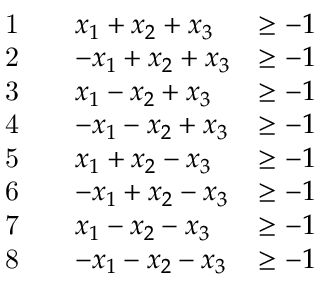
\begin{array} { r l r l r } & { \mathrm { 1 } } & & { x _ { 1 } + x _ { 2 } + x _ { 3 } } & { \geq - 1 } \\ & { \mathrm { 2 } } & & { - x _ { 1 } + x _ { 2 } + x _ { 3 } } & { \geq - 1 } \\ & { \mathrm { 3 } } & & { x _ { 1 } - x _ { 2 } + x _ { 3 } } & { \geq - 1 } \\ & { \mathrm { 4 } } & & { - x _ { 1 } - x _ { 2 } + x _ { 3 } } & { \geq - 1 } \\ & { \mathrm { 5 } } & & { x _ { 1 } + x _ { 2 } - x _ { 3 } } & { \geq - 1 } \\ & { \mathrm { 6 } } & & { - x _ { 1 } + x _ { 2 } - x _ { 3 } } & { \geq - 1 } \\ & { \mathrm { 7 } } & & { x _ { 1 } - x _ { 2 } - x _ { 3 } } & { \geq - 1 } \\ & { \mathrm { 8 } } & & { - x _ { 1 } - x _ { 2 } - x _ { 3 } } & { \geq - 1 } \end{array}